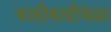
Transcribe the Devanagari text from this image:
काहीकाहीवेळा